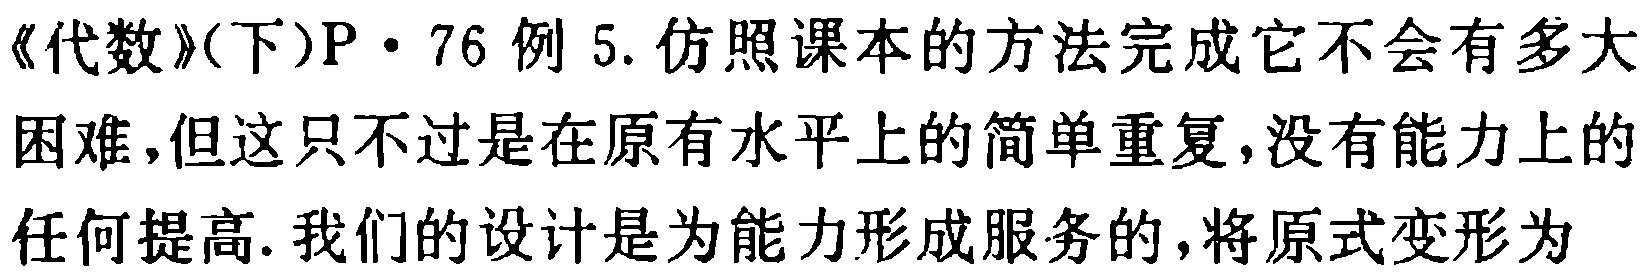
《代数》(下)P·76例5. 仿照课本的方法完成它不会有多大

困难,但这只不过是在原有水平上的简单重复,没有能力上的

任何提高. 我们的设计是为能力形成服务的,将原式变形为